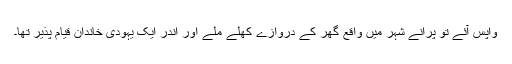
واپس آئے تو پرانے شہر میں واقع گھر کے دروازے کھلے ملے اور اندر ایک یہودی خاندان قیام پذیر تھا۔